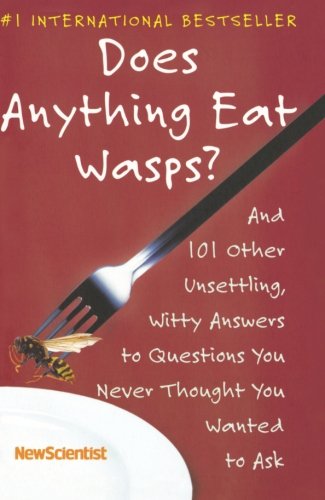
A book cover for Does Anything Eat Wasps?: And 101 Other Unsettling, Witty Answers to Questions You Never Thought You Wanted to Ask; New Scientist; Humor & Entertainment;